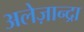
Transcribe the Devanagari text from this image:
अलेज़ान्द्रा